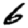
Digit: 6